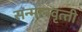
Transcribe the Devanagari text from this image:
सन्‍मानवृत्‍ती